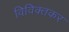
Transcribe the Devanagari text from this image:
विविक्तकर